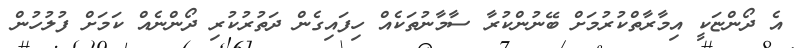
އެ ދޯންޏަކީ އިމާރާތްކުރުމަށް ބޭނުންކުރާ ސާމާނުތަކެއް ހިފައިގެން ދަތުރުކުރި ދޯންނެއް ކަމަށް ފުލުހުން